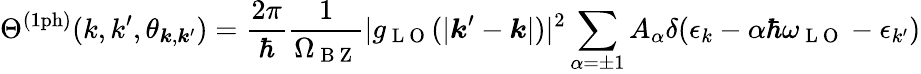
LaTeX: \Theta^{\mathrm{(1ph)}}(k,k^{\prime},\theta_{\boldsymbol{k},\boldsymbol{k}^{\prime}})=\frac{2\pi}{\hbar}\frac{1}{\Omega_{\mathrm{~B~Z~}}}|g_{\mathrm{~L~O~}}(|\boldsymbol{k}^{\prime}-\boldsymbol{k}|)|^{2}\sum_{\alpha=\pm 1}A_{\alpha}\delta(\epsilon_{k}-\alpha\hbar\omega_{\mathrm{~L~O~}}-\epsilon_{k^{\prime}})